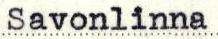
Savonlinna